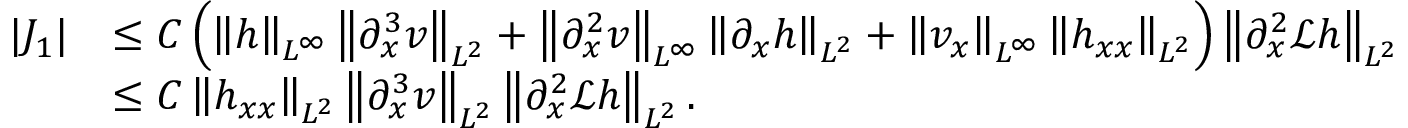
\begin{array} { r l } { | J _ { 1 } | } & { \leq C \left( \left\| h \right\| _ { L ^ { \infty } } \left\| \partial _ { x } ^ { 3 } v \right\| _ { L ^ { 2 } } + \left\| \partial _ { x } ^ { 2 } v \right\| _ { L ^ { \infty } } \left\| \partial _ { x } h \right\| _ { L ^ { 2 } } + \left\| v _ { x } \right\| _ { L ^ { \infty } } \left\| h _ { x x } \right\| _ { L ^ { 2 } } \right) \left\| \partial _ { x } ^ { 2 } \mathscr { L } h \right\| _ { L ^ { 2 } } } \\ & { \leq C \left\| h _ { x x } \right\| _ { L ^ { 2 } } \left\| \partial _ { x } ^ { 3 } v \right\| _ { L ^ { 2 } } \left\| \partial _ { x } ^ { 2 } \mathscr { L } h \right\| _ { L ^ { 2 } } . } \end{array}